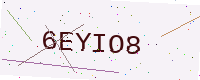
Text: 6EYIO8